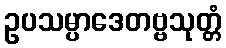
ဥပသမ္ပာဒေတဗ္ဗသုတ္တံ